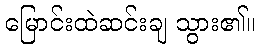
မြောင်းထဲဆင်းချ သွား၏။